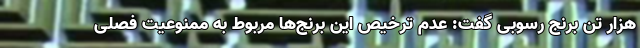
هزار تن برنج رسوبی گفت: عدم ترخیص این برنج‌ها مربوط به ممنوعیت فصلی